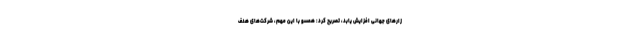
زارهای جهانی افزایش یابد، تصریح کرد: همسو با این مهم، شرکت‌های هدف